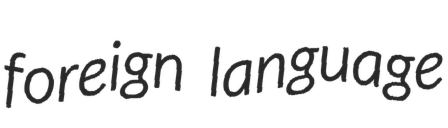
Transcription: foreign language